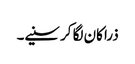
ذرا کان لگا کر سنیے۔